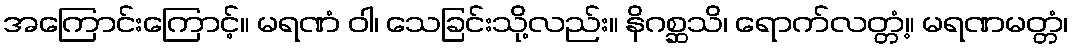
အကြောင်းကြောင့်။ မရဏံ ဝါ၊ သေခြင်းသို့လည်း။ နိဂစ္ဆသိ၊ ရောက်လတ္တံ့။ မရဏမတ္တံ၊